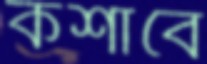
কশাবে